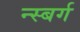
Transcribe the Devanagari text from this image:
न्स्बर्ग